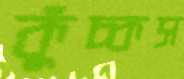
কুঁচ্‌কস